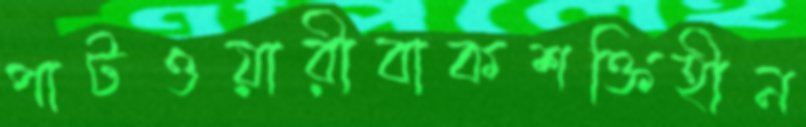
পাটওয়ারীবাকশক্তিহীন